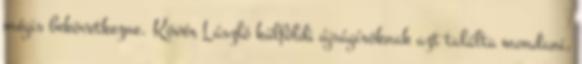
mégis bekövetkezne. Kövér László külföldi újságíróknak azt találta mondani,